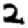
Digit: 2